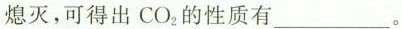
熄灭，可得出CO_{2}的性质有___。